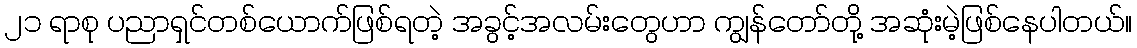
၂၁ ရာစု ပညာရှင်တစ်ယောက်ဖြစ်ရတဲ့ အခွင့်အလမ်းတွေဟာ ကျွန်တော်တို့ အဆုံးမဲ့ဖြစ်နေပါတယ်။